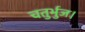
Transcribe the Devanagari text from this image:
चतुर्भुज।